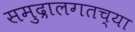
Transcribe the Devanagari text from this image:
समुद्रालगतच्या